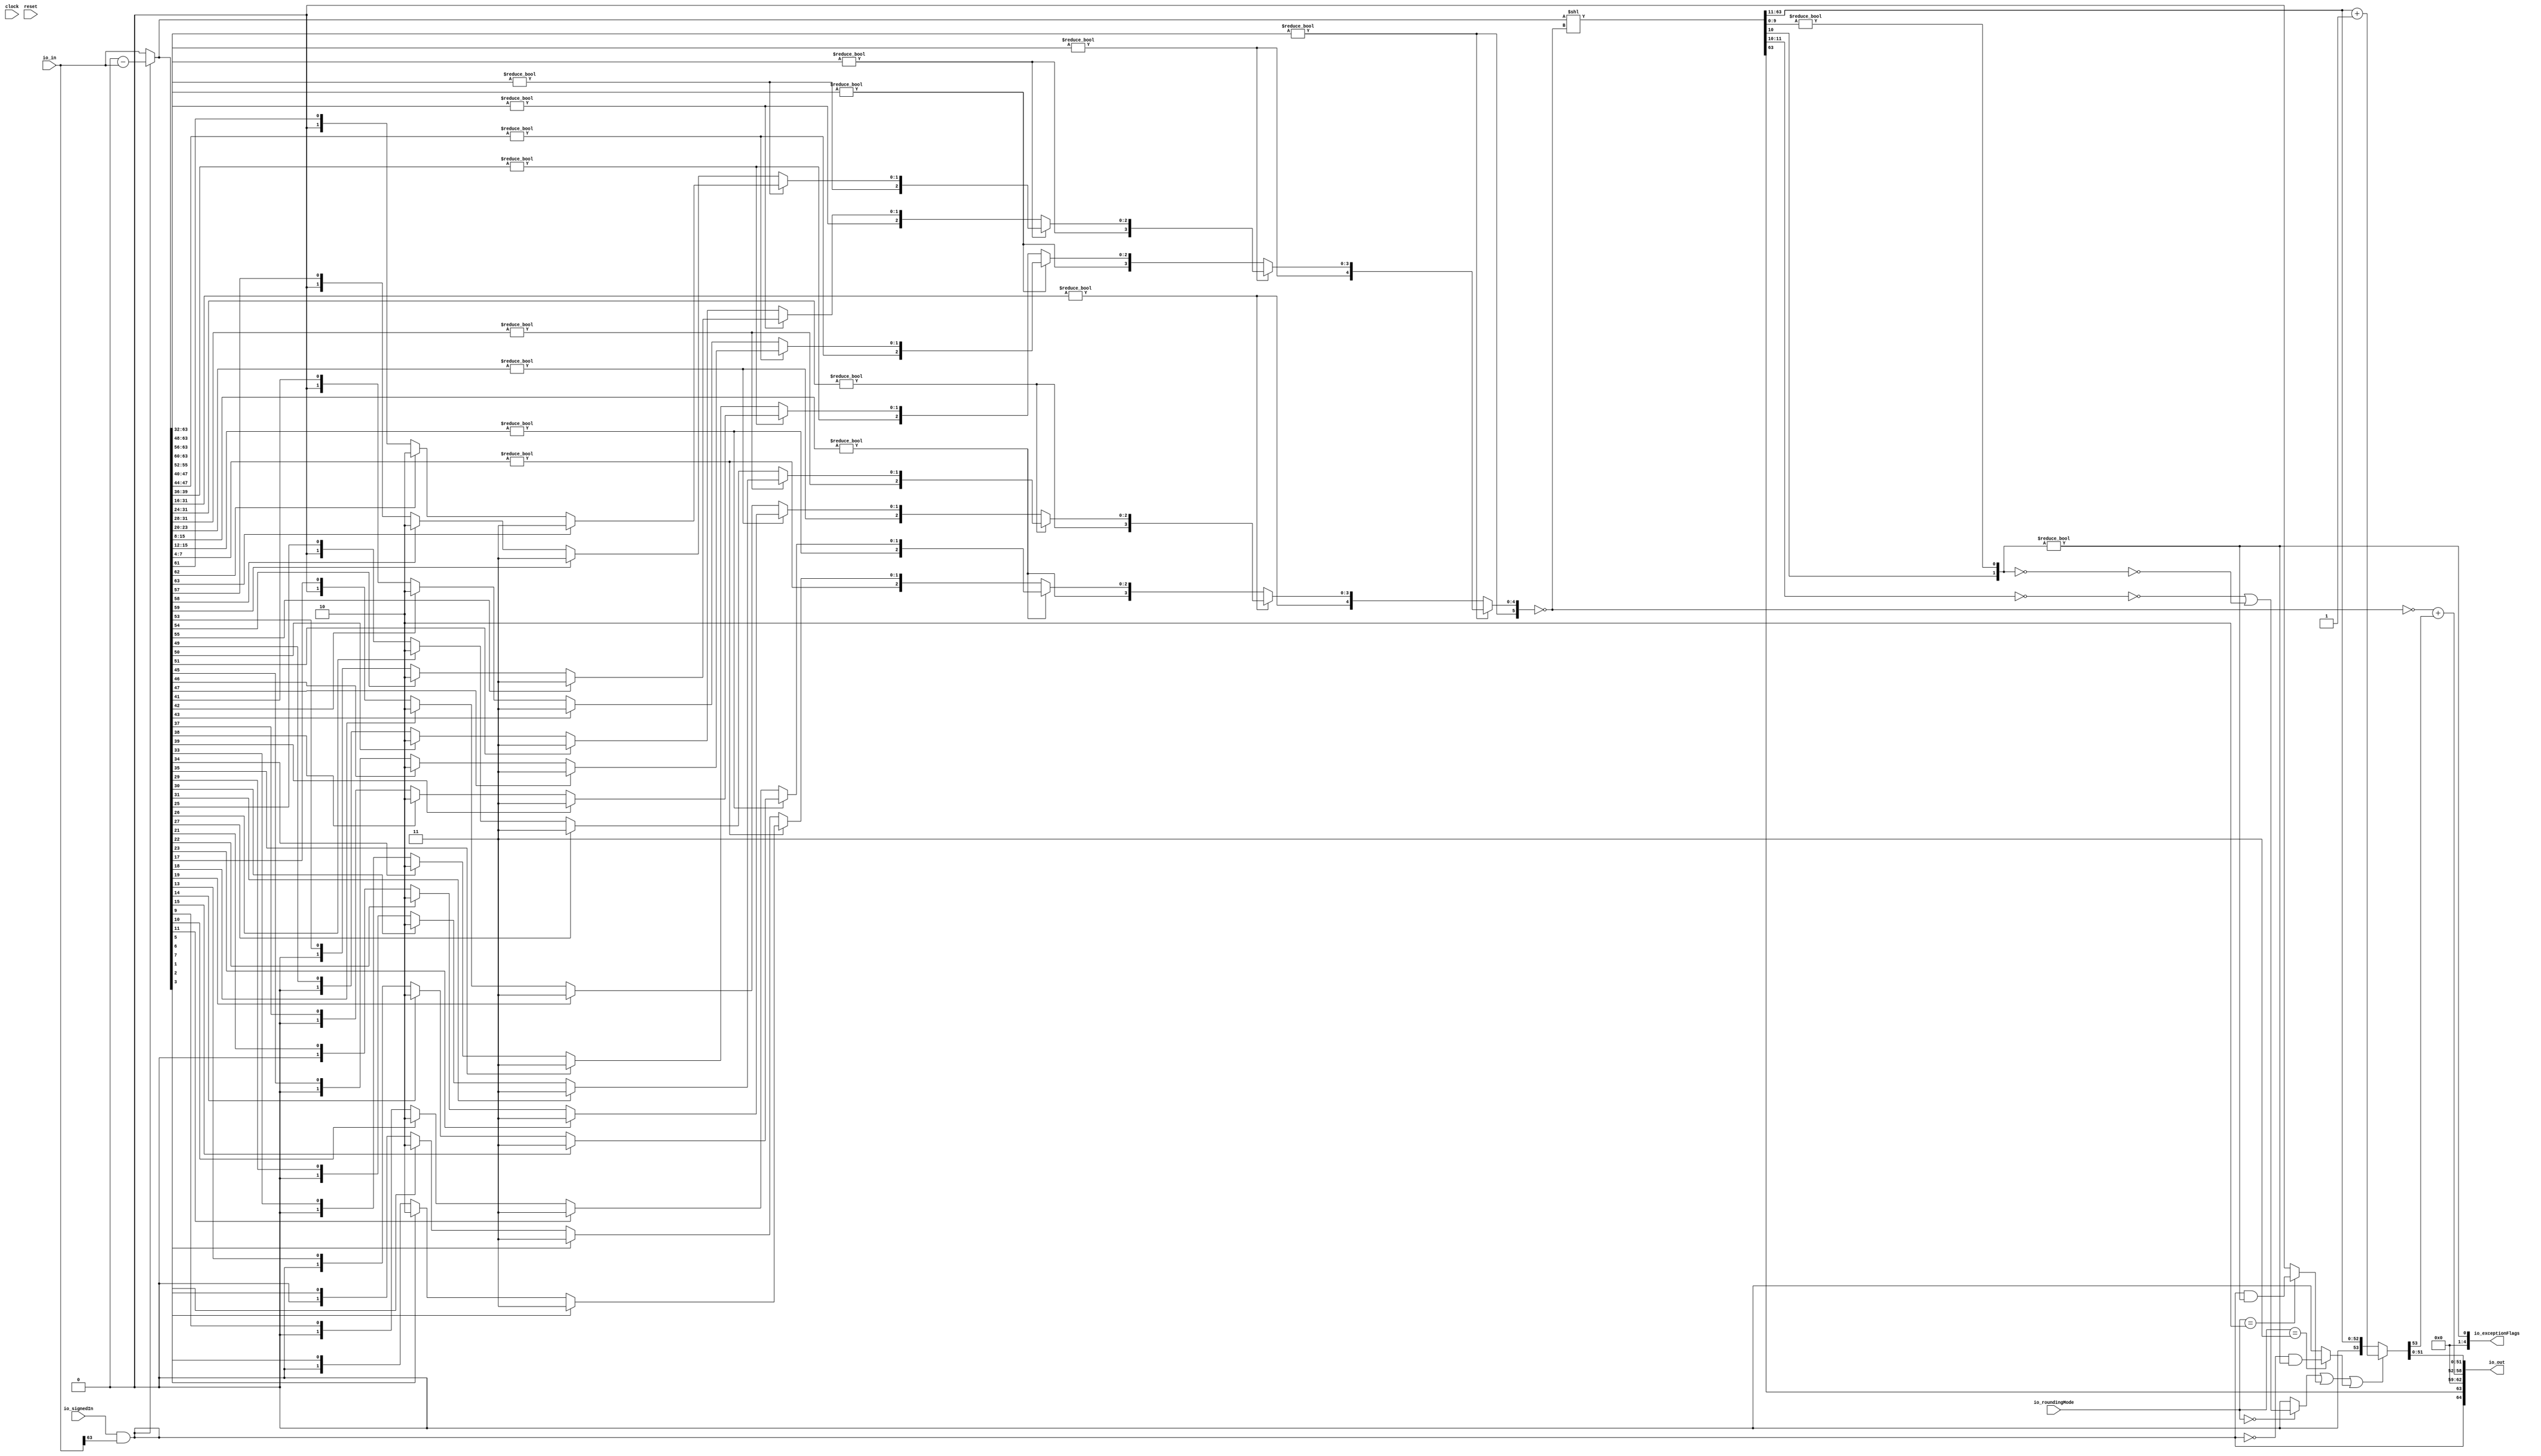
module INToRecFN_1(
  input   clock,
  input   reset,
  input   io_signedIn,
  input  [63:0] io_in,
  input  [1:0] io_roundingMode,
  output [64:0] io_out,
  output [4:0] io_exceptionFlags
);
  wire  _T_12;
  wire  sign;
  wire [64:0] _T_14;
  wire [63:0] _T_15;
  wire [63:0] absIn;
  wire [31:0] _T_17;
  wire [31:0] _T_18;
  wire  _T_20;
  wire [15:0] _T_21;
  wire [15:0] _T_22;
  wire  _T_24;
  wire [7:0] _T_25;
  wire [7:0] _T_26;
  wire  _T_28;
  wire [3:0] _T_29;
  wire [3:0] _T_30;
  wire  _T_32;
  wire  _T_33;
  wire  _T_35;
  wire  _T_37;
  wire [1:0] _T_39;
  wire [1:0] _T_40;
  wire  _T_41;
  wire  _T_43;
  wire  _T_45;
  wire [1:0] _T_47;
  wire [1:0] _T_48;
  wire [1:0] _T_49;
  wire [2:0] _T_50;
  wire [3:0] _T_51;
  wire [3:0] _T_52;
  wire  _T_54;
  wire  _T_55;
  wire  _T_57;
  wire  _T_59;
  wire [1:0] _T_61;
  wire [1:0] _T_62;
  wire  _T_63;
  wire  _T_65;
  wire  _T_67;
  wire [1:0] _T_69;
  wire [1:0] _T_70;
  wire [1:0] _T_71;
  wire [2:0] _T_72;
  wire [2:0] _T_73;
  wire [3:0] _T_74;
  wire [7:0] _T_75;
  wire [7:0] _T_76;
  wire  _T_78;
  wire [3:0] _T_79;
  wire [3:0] _T_80;
  wire  _T_82;
  wire  _T_83;
  wire  _T_85;
  wire  _T_87;
  wire [1:0] _T_89;
  wire [1:0] _T_90;
  wire  _T_91;
  wire  _T_93;
  wire  _T_95;
  wire [1:0] _T_97;
  wire [1:0] _T_98;
  wire [1:0] _T_99;
  wire [2:0] _T_100;
  wire [3:0] _T_101;
  wire [3:0] _T_102;
  wire  _T_104;
  wire  _T_105;
  wire  _T_107;
  wire  _T_109;
  wire [1:0] _T_111;
  wire [1:0] _T_112;
  wire  _T_113;
  wire  _T_115;
  wire  _T_117;
  wire [1:0] _T_119;
  wire [1:0] _T_120;
  wire [1:0] _T_121;
  wire [2:0] _T_122;
  wire [2:0] _T_123;
  wire [3:0] _T_124;
  wire [3:0] _T_125;
  wire [4:0] _T_126;
  wire [15:0] _T_127;
  wire [15:0] _T_128;
  wire  _T_130;
  wire [7:0] _T_131;
  wire [7:0] _T_132;
  wire  _T_134;
  wire [3:0] _T_135;
  wire [3:0] _T_136;
  wire  _T_138;
  wire  _T_139;
  wire  _T_141;
  wire  _T_143;
  wire [1:0] _T_145;
  wire [1:0] _T_146;
  wire  _T_147;
  wire  _T_149;
  wire  _T_151;
  wire [1:0] _T_153;
  wire [1:0] _T_154;
  wire [1:0] _T_155;
  wire [2:0] _T_156;
  wire [3:0] _T_157;
  wire [3:0] _T_158;
  wire  _T_160;
  wire  _T_161;
  wire  _T_163;
  wire  _T_165;
  wire [1:0] _T_167;
  wire [1:0] _T_168;
  wire  _T_169;
  wire  _T_171;
  wire  _T_173;
  wire [1:0] _T_175;
  wire [1:0] _T_176;
  wire [1:0] _T_177;
  wire [2:0] _T_178;
  wire [2:0] _T_179;
  wire [3:0] _T_180;
  wire [7:0] _T_181;
  wire [7:0] _T_182;
  wire  _T_184;
  wire [3:0] _T_185;
  wire [3:0] _T_186;
  wire  _T_188;
  wire  _T_189;
  wire  _T_191;
  wire  _T_193;
  wire [1:0] _T_195;
  wire [1:0] _T_196;
  wire  _T_197;
  wire  _T_199;
  wire  _T_201;
  wire [1:0] _T_203;
  wire [1:0] _T_204;
  wire [1:0] _T_205;
  wire [2:0] _T_206;
  wire [3:0] _T_207;
  wire [3:0] _T_208;
  wire  _T_210;
  wire  _T_211;
  wire  _T_213;
  wire  _T_215;
  wire [1:0] _T_217;
  wire [1:0] _T_218;
  wire  _T_219;
  wire  _T_221;
  wire  _T_223;
  wire [1:0] _T_225;
  wire [1:0] _T_226;
  wire [1:0] _T_227;
  wire [2:0] _T_228;
  wire [2:0] _T_229;
  wire [3:0] _T_230;
  wire [3:0] _T_231;
  wire [4:0] _T_232;
  wire [4:0] _T_233;
  wire [5:0] _T_234;
  wire [5:0] normCount;
  wire [126:0] _GEN_0;
  wire [126:0] _T_235;
  wire [63:0] normAbsIn;
  wire [1:0] _T_237;
  wire [9:0] _T_238;
  wire  _T_240;
  wire [2:0] roundBits;
  wire [1:0] _T_241;
  wire  roundInexact;
  wire  _T_243;
  wire [1:0] _T_244;
  wire [1:0] _T_245;
  wire  _T_247;
  wire [1:0] _T_249;
  wire  _T_251;
  wire  _T_252;
  wire  _T_254;
  wire  _T_255;
  wire  _T_256;
  wire  _T_258;
  wire  _T_259;
  wire  _T_260;
  wire  _T_262;
  wire  _T_263;
  wire  _T_265;
  wire  round;
  wire [52:0] _T_267;
  wire [53:0] unroundedNorm;
  wire [54:0] _T_270;
  wire [53:0] _T_271;
  wire [53:0] roundedNorm;
  wire [5:0] _T_272;
  wire [9:0] unroundedExp;
  wire [10:0] _T_275;
  wire  _T_276;
  wire [10:0] _GEN_1;
  wire [11:0] _T_277;
  wire [10:0] roundedExp;
  wire  _T_278;
  wire [11:0] expOut;
  wire [51:0] _T_282;
  wire [12:0] _T_283;
  wire [64:0] _T_284;
  wire [1:0] _T_287;
  wire [4:0] _T_289;
  assign io_out = _T_284;
  assign io_exceptionFlags = _T_289;
  assign _T_12 = io_in[63];
  assign sign = io_signedIn & _T_12;
  assign _T_14 = 64'h0 - io_in;
  assign _T_15 = _T_14[63:0];
  assign absIn = sign ? _T_15 : io_in;
  assign _T_17 = absIn[63:32];
  assign _T_18 = absIn[31:0];
  assign _T_20 = _T_17 != 32'h0;
  assign _T_21 = _T_17[31:16];
  assign _T_22 = _T_17[15:0];
  assign _T_24 = _T_21 != 16'h0;
  assign _T_25 = _T_21[15:8];
  assign _T_26 = _T_21[7:0];
  assign _T_28 = _T_25 != 8'h0;
  assign _T_29 = _T_25[7:4];
  assign _T_30 = _T_25[3:0];
  assign _T_32 = _T_29 != 4'h0;
  assign _T_33 = _T_29[3];
  assign _T_35 = _T_29[2];
  assign _T_37 = _T_29[1];
  assign _T_39 = _T_35 ? 2'h2 : {{1'd0}, _T_37};
  assign _T_40 = _T_33 ? 2'h3 : _T_39;
  assign _T_41 = _T_30[3];
  assign _T_43 = _T_30[2];
  assign _T_45 = _T_30[1];
  assign _T_47 = _T_43 ? 2'h2 : {{1'd0}, _T_45};
  assign _T_48 = _T_41 ? 2'h3 : _T_47;
  assign _T_49 = _T_32 ? _T_40 : _T_48;
  assign _T_50 = {_T_32,_T_49};
  assign _T_51 = _T_26[7:4];
  assign _T_52 = _T_26[3:0];
  assign _T_54 = _T_51 != 4'h0;
  assign _T_55 = _T_51[3];
  assign _T_57 = _T_51[2];
  assign _T_59 = _T_51[1];
  assign _T_61 = _T_57 ? 2'h2 : {{1'd0}, _T_59};
  assign _T_62 = _T_55 ? 2'h3 : _T_61;
  assign _T_63 = _T_52[3];
  assign _T_65 = _T_52[2];
  assign _T_67 = _T_52[1];
  assign _T_69 = _T_65 ? 2'h2 : {{1'd0}, _T_67};
  assign _T_70 = _T_63 ? 2'h3 : _T_69;
  assign _T_71 = _T_54 ? _T_62 : _T_70;
  assign _T_72 = {_T_54,_T_71};
  assign _T_73 = _T_28 ? _T_50 : _T_72;
  assign _T_74 = {_T_28,_T_73};
  assign _T_75 = _T_22[15:8];
  assign _T_76 = _T_22[7:0];
  assign _T_78 = _T_75 != 8'h0;
  assign _T_79 = _T_75[7:4];
  assign _T_80 = _T_75[3:0];
  assign _T_82 = _T_79 != 4'h0;
  assign _T_83 = _T_79[3];
  assign _T_85 = _T_79[2];
  assign _T_87 = _T_79[1];
  assign _T_89 = _T_85 ? 2'h2 : {{1'd0}, _T_87};
  assign _T_90 = _T_83 ? 2'h3 : _T_89;
  assign _T_91 = _T_80[3];
  assign _T_93 = _T_80[2];
  assign _T_95 = _T_80[1];
  assign _T_97 = _T_93 ? 2'h2 : {{1'd0}, _T_95};
  assign _T_98 = _T_91 ? 2'h3 : _T_97;
  assign _T_99 = _T_82 ? _T_90 : _T_98;
  assign _T_100 = {_T_82,_T_99};
  assign _T_101 = _T_76[7:4];
  assign _T_102 = _T_76[3:0];
  assign _T_104 = _T_101 != 4'h0;
  assign _T_105 = _T_101[3];
  assign _T_107 = _T_101[2];
  assign _T_109 = _T_101[1];
  assign _T_111 = _T_107 ? 2'h2 : {{1'd0}, _T_109};
  assign _T_112 = _T_105 ? 2'h3 : _T_111;
  assign _T_113 = _T_102[3];
  assign _T_115 = _T_102[2];
  assign _T_117 = _T_102[1];
  assign _T_119 = _T_115 ? 2'h2 : {{1'd0}, _T_117};
  assign _T_120 = _T_113 ? 2'h3 : _T_119;
  assign _T_121 = _T_104 ? _T_112 : _T_120;
  assign _T_122 = {_T_104,_T_121};
  assign _T_123 = _T_78 ? _T_100 : _T_122;
  assign _T_124 = {_T_78,_T_123};
  assign _T_125 = _T_24 ? _T_74 : _T_124;
  assign _T_126 = {_T_24,_T_125};
  assign _T_127 = _T_18[31:16];
  assign _T_128 = _T_18[15:0];
  assign _T_130 = _T_127 != 16'h0;
  assign _T_131 = _T_127[15:8];
  assign _T_132 = _T_127[7:0];
  assign _T_134 = _T_131 != 8'h0;
  assign _T_135 = _T_131[7:4];
  assign _T_136 = _T_131[3:0];
  assign _T_138 = _T_135 != 4'h0;
  assign _T_139 = _T_135[3];
  assign _T_141 = _T_135[2];
  assign _T_143 = _T_135[1];
  assign _T_145 = _T_141 ? 2'h2 : {{1'd0}, _T_143};
  assign _T_146 = _T_139 ? 2'h3 : _T_145;
  assign _T_147 = _T_136[3];
  assign _T_149 = _T_136[2];
  assign _T_151 = _T_136[1];
  assign _T_153 = _T_149 ? 2'h2 : {{1'd0}, _T_151};
  assign _T_154 = _T_147 ? 2'h3 : _T_153;
  assign _T_155 = _T_138 ? _T_146 : _T_154;
  assign _T_156 = {_T_138,_T_155};
  assign _T_157 = _T_132[7:4];
  assign _T_158 = _T_132[3:0];
  assign _T_160 = _T_157 != 4'h0;
  assign _T_161 = _T_157[3];
  assign _T_163 = _T_157[2];
  assign _T_165 = _T_157[1];
  assign _T_167 = _T_163 ? 2'h2 : {{1'd0}, _T_165};
  assign _T_168 = _T_161 ? 2'h3 : _T_167;
  assign _T_169 = _T_158[3];
  assign _T_171 = _T_158[2];
  assign _T_173 = _T_158[1];
  assign _T_175 = _T_171 ? 2'h2 : {{1'd0}, _T_173};
  assign _T_176 = _T_169 ? 2'h3 : _T_175;
  assign _T_177 = _T_160 ? _T_168 : _T_176;
  assign _T_178 = {_T_160,_T_177};
  assign _T_179 = _T_134 ? _T_156 : _T_178;
  assign _T_180 = {_T_134,_T_179};
  assign _T_181 = _T_128[15:8];
  assign _T_182 = _T_128[7:0];
  assign _T_184 = _T_181 != 8'h0;
  assign _T_185 = _T_181[7:4];
  assign _T_186 = _T_181[3:0];
  assign _T_188 = _T_185 != 4'h0;
  assign _T_189 = _T_185[3];
  assign _T_191 = _T_185[2];
  assign _T_193 = _T_185[1];
  assign _T_195 = _T_191 ? 2'h2 : {{1'd0}, _T_193};
  assign _T_196 = _T_189 ? 2'h3 : _T_195;
  assign _T_197 = _T_186[3];
  assign _T_199 = _T_186[2];
  assign _T_201 = _T_186[1];
  assign _T_203 = _T_199 ? 2'h2 : {{1'd0}, _T_201};
  assign _T_204 = _T_197 ? 2'h3 : _T_203;
  assign _T_205 = _T_188 ? _T_196 : _T_204;
  assign _T_206 = {_T_188,_T_205};
  assign _T_207 = _T_182[7:4];
  assign _T_208 = _T_182[3:0];
  assign _T_210 = _T_207 != 4'h0;
  assign _T_211 = _T_207[3];
  assign _T_213 = _T_207[2];
  assign _T_215 = _T_207[1];
  assign _T_217 = _T_213 ? 2'h2 : {{1'd0}, _T_215};
  assign _T_218 = _T_211 ? 2'h3 : _T_217;
  assign _T_219 = _T_208[3];
  assign _T_221 = _T_208[2];
  assign _T_223 = _T_208[1];
  assign _T_225 = _T_221 ? 2'h2 : {{1'd0}, _T_223};
  assign _T_226 = _T_219 ? 2'h3 : _T_225;
  assign _T_227 = _T_210 ? _T_218 : _T_226;
  assign _T_228 = {_T_210,_T_227};
  assign _T_229 = _T_184 ? _T_206 : _T_228;
  assign _T_230 = {_T_184,_T_229};
  assign _T_231 = _T_130 ? _T_180 : _T_230;
  assign _T_232 = {_T_130,_T_231};
  assign _T_233 = _T_20 ? _T_126 : _T_232;
  assign _T_234 = {_T_20,_T_233};
  assign normCount = ~ _T_234;
  assign _GEN_0 = {{63'd0}, absIn};
  assign _T_235 = _GEN_0 << normCount;
  assign normAbsIn = _T_235[63:0];
  assign _T_237 = normAbsIn[11:10];
  assign _T_238 = normAbsIn[9:0];
  assign _T_240 = _T_238 != 10'h0;
  assign roundBits = {_T_237,_T_240};
  assign _T_241 = roundBits[1:0];
  assign roundInexact = _T_241 != 2'h0;
  assign _T_243 = io_roundingMode == 2'h0;
  assign _T_244 = roundBits[2:1];
  assign _T_245 = ~ _T_244;
  assign _T_247 = _T_245 == 2'h0;
  assign _T_249 = ~ _T_241;
  assign _T_251 = _T_249 == 2'h0;
  assign _T_252 = _T_247 | _T_251;
  assign _T_254 = _T_243 ? _T_252 : 1'h0;
  assign _T_255 = io_roundingMode == 2'h2;
  assign _T_256 = sign & roundInexact;
  assign _T_258 = _T_255 ? _T_256 : 1'h0;
  assign _T_259 = _T_254 | _T_258;
  assign _T_260 = io_roundingMode == 2'h3;
  assign _T_262 = sign == 1'h0;
  assign _T_263 = _T_262 & roundInexact;
  assign _T_265 = _T_260 ? _T_263 : 1'h0;
  assign round = _T_259 | _T_265;
  assign _T_267 = normAbsIn[63:11];
  assign unroundedNorm = {1'h0,_T_267};
  assign _T_270 = unroundedNorm + 54'h1;
  assign _T_271 = _T_270[53:0];
  assign roundedNorm = round ? _T_271 : unroundedNorm;
  assign _T_272 = ~ normCount;
  assign unroundedExp = {4'h0,_T_272};
  assign _T_275 = {1'h0,unroundedExp};
  assign _T_276 = roundedNorm[53];
  assign _GEN_1 = {{10'd0}, _T_276};
  assign _T_277 = _T_275 + _GEN_1;
  assign roundedExp = _T_277[10:0];
  assign _T_278 = normAbsIn[63];
  assign expOut = {_T_278,roundedExp};
  assign _T_282 = roundedNorm[51:0];
  assign _T_283 = {sign,expOut};
  assign _T_284 = {_T_283,_T_282};
  assign _T_287 = {1'h0,roundInexact};
  assign _T_289 = {3'h0,_T_287};
endmodule